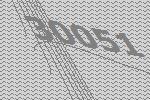
30051